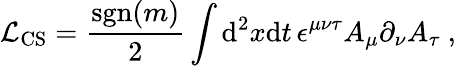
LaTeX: \mathcal{L}_{\mathrm{CS}}=\frac{\mathrm{sgn}(m)}{2}\int\mathrm{d}^{2}x\mathrm{d}t\, \epsilon^{\mu\nu\tau}A_{\mu}\partial_{\nu}A_{\tau}\ ,